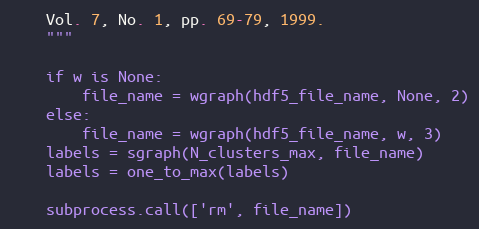
Language: Python
    Vol. 7, No. 1, pp. 69-79, 1999.
    """

    if w is None:
        file_name = wgraph(hdf5_file_name, None, 2)
    else:
        file_name = wgraph(hdf5_file_name, w, 3)
    labels = sgraph(N_clusters_max, file_name)
    labels = one_to_max(labels)

    subprocess.call(['rm', file_name])